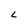
Character: L